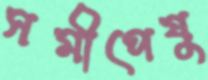
সমীপেষু